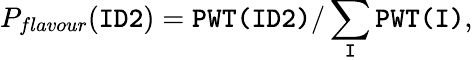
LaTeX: P_{flavour}(\texttt{ID2})=\texttt{PWT(ID2)}/\sum_{\texttt{I}}\texttt{PWT(I)},